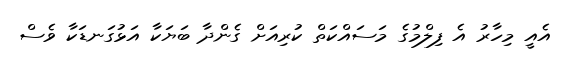
އެއީ މިހާރު އެ ފިލްމުގެ މަސައްކަތް ކުރިއަށް ގެންދާ ބަޔަކާ އަޅުގަނޑަކާ ވެސް